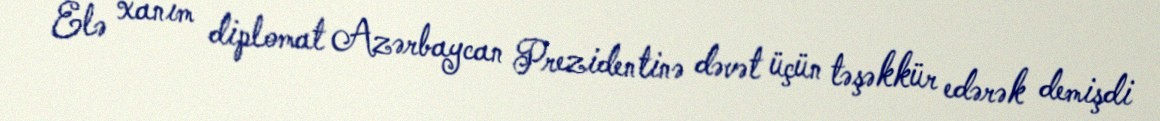
Elə xanım diplomat Azərbaycan Prezidentinə dəvət üçün təşəkkür edərək demişdi